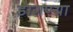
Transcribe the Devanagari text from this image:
डागण्या